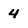
Character: 4